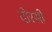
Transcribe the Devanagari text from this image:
दोरसी